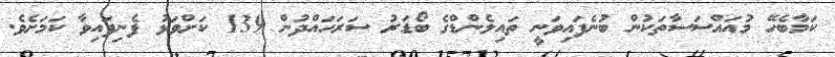
ކަމާބެހޭ މުއައްސަސާތަކުން ބުނެފައިވަނީ ތައިލެންޑްގެ ބޯޑަރު ސަރަހައްދުން 139 ކަށްވަޅު ފެނިފައިވާ ކަމަށެވެ.